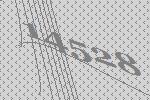
14528